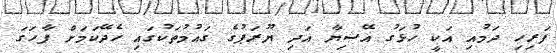
ފަރިހި ދަމުއި އަކީ ހުޅަގު އޭޝިޔާ އަދި ޔޫރަޕުގެ ގައުމުތަކުގައި ހެދޭކަމަށް ފާހަގަ